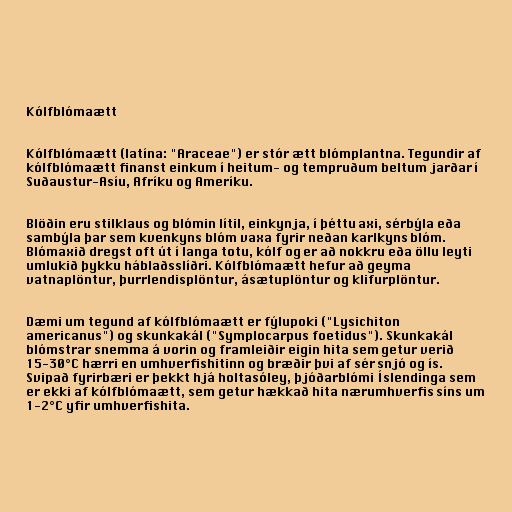
Kólfblómaætt

Kólfblómaætt (latína: "Araceae") er stór ætt blómplantna. Tegundir af
kólfblómaætt finanst einkum í heitum- og tempruðum beltum jarðar í
Suðaustur-Asíu, Afríku og Ameríku.

Blöðin eru stilklaus og blómin lítil, einkynja, í þéttu axi, sérbýla eða
sambýla þar sem kvenkyns blóm vaxa fyrir neðan karlkyns blóm.
Blómaxið dregst oft út í langa totu, kólf og er að nokkru eða öllu leyti
umlukið þykku háblaðsslíðri. Kólfblómaætt hefur að geyma
vatnaplöntur, þurrlendisplöntur, ásætuplöntur og klifurplöntur.

Dæmi um tegund af kólfblómaætt er fýlupoki ("Lysichiton
americanus") og skunkakál ("Symplocarpus foetidus"). Skunkakál
blómstrar snemma á vorin og framleiðir eigin hita sem getur verið
15-30°C hærri en umhverfishitinn og bræðir þvi af sér snjó og ís.
Svipað fyrirbæri er þekkt hjá holtasóley, þjóðarblómi Íslendinga sem
er ekki af kólfblómaætt, sem getur hækkað hita nærumhverfis síns um
1-2°C yfir umhverfishita.